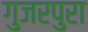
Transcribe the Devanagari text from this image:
गुजरपुरा